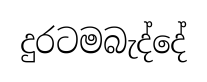
දුරටමබැද්දේ